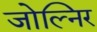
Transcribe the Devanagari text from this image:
जोल्निर